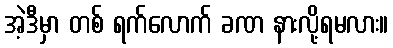
အဲ့ဒီမှာ တစ် ရက်လောက် ခဏ နားလို့ရမလား။